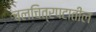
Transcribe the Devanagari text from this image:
चलचित्रपटातील